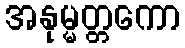
အနုမ္မတ္တကော